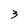
Character: 3